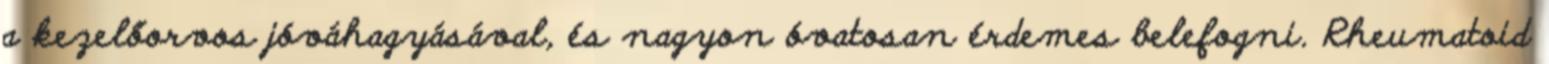
a kezelőorvos jóváhagyásával, és nagyon óvatosan érdemes belefogni. Rheumatoid